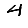
Digit: 4